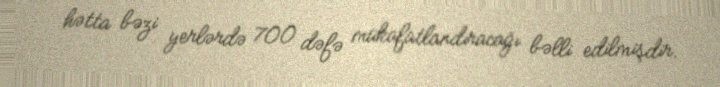
hətta bəzi yerlərdə 700 dəfə mükafatlandıracağı bəlli edilmişdir.